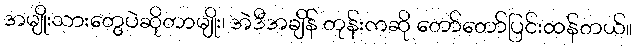
အမျိုးသားတွေပဲဆိုတာမျိုး၊ အဲဒီအချိန် တုန်းကဆို တော်တော်ပြင်းထန်တယ်။